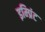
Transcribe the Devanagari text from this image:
इम्‍प्रिंट